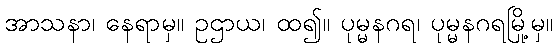
အာသနာ၊ နေရာမှ။ ဥဌာယ၊ ထ၍။ ပုမ္မနဂရ၊ ပုမ္မနဂရမြို့မှ။